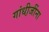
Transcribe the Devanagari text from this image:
गांधी़जींना